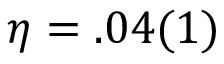
\eta = . 0 4 ( 1 )